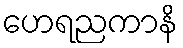
ဟေရညကာနိ